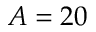
A = 2 0